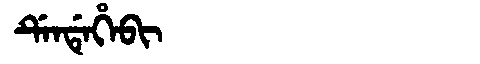
Manchu: ᡩᡝᠨᡩᡝᡥᡝᠪᡳ
Romanization: DENDEHEBI